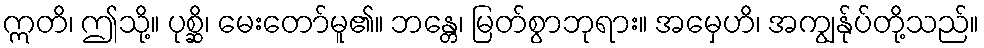
ဣတိ၊ ဤသို့။ ပုစ္ဆိ၊ မေးတော်မူ၏။ ဘန္တေ၊ မြတ်စွာဘုရား။ အမှေဟိ၊ အကျွန်ုပ်တို့သည်။